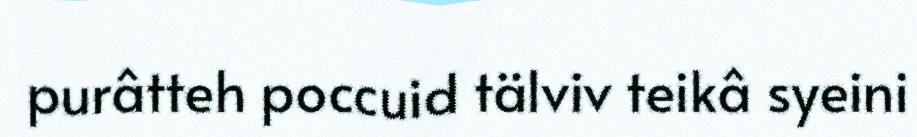
purâtteh poccuid tälviv teikâ syeini